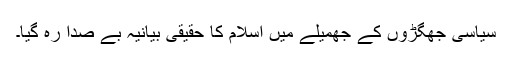
سیاسی جھگڑوں کے جھمیلے میں اسلام کا حقیقی بیانیہ بے صدا رہ گیا۔